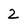
Character: 2